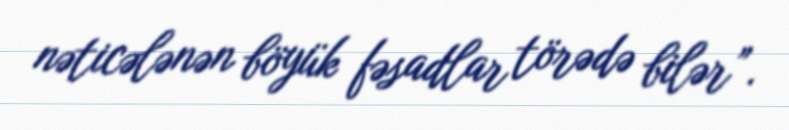
nəticələnən böyük fəsadlar törədə bilər”.